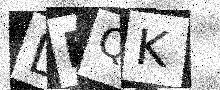
Text: LDQK